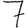
Digit: 7